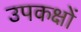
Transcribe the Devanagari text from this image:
उपकक्षों